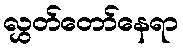
လွှတ်တော်နေရာ